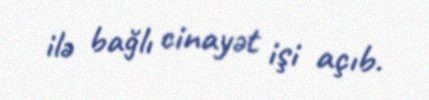
ilə bağlı cinayət işi açıb.